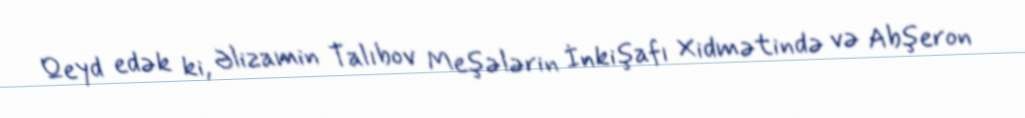
Qeyd edək ki, Əlizamin Talıbov Meşələrin İnkişafı Xidmətində və Abşeron